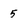
Character: 5